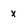
Character: x